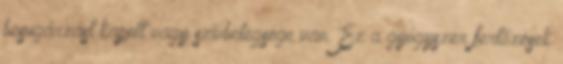
besugárzást kapott vagy szívbetegsége van. Ez a gyógyszer fertőzések